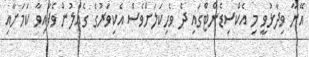
އޭނާ ވިދާޅުވީ މި އެކްސިޑެންޓްގައި ދެ ވެހިކަލަށްވެސް އެކިވަރުގެ ގެއްލުން ވެފައިވާ ކަމަށާއި